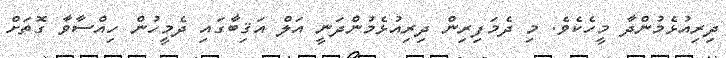
ދިރިއުޅެމުންދާ މީހެކެވެ. މި ދެމަފިރިން ދިރިއުޅެމުންދަނީ އަލް އަޤިބާގައި ދެމީހުން ހިއްސާވާ ގޮތަށް